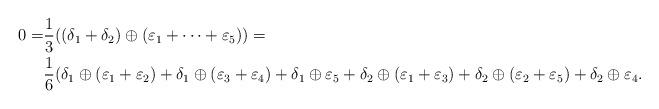
LaTeX: \begin{align*}0 = &\frac{1}{3}((\delta_1 + \delta_2) \oplus(\varepsilon_1 + \dots + \varepsilon_5)) = \\&\frac{1}{6}(\delta_1 \oplus(\varepsilon_1 + \varepsilon_2) + \delta_1 \oplus (\varepsilon_3 + \varepsilon_4) + \delta_1 \oplus \varepsilon_5 + \delta_2 \oplus(\varepsilon_1 + \varepsilon_3) + \delta_2 \oplus (\varepsilon_2 + \varepsilon_5) + \delta_2 \oplus \varepsilon_4.\end{align*}